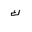
Letter: _kaf